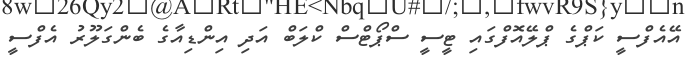
އޭއެފްސީ ކަޕްގެ ޕްލޭއޮފްގައި ޓީސީ ސްޕޯޓްސް ކްލަބް އަދި އިންޑިއާގެ ބެންގަލޫރު އެފްސީ